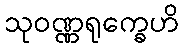
သုဝဏ္ဏရုက္ခေဟိ